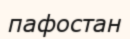
пафостан